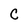
Character: c